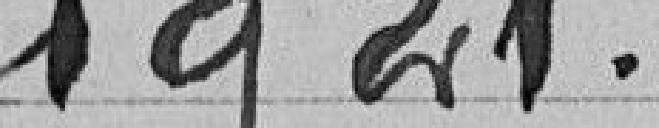
1921